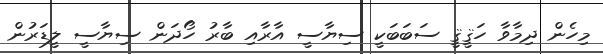
މިހެން ދިމާވާ ހަޤީޤީ ސަބަބަކީ ސިޔާސީ އާރާއި ބާރު ހޯދަން ސިޔާސީ ލީޑަރުން